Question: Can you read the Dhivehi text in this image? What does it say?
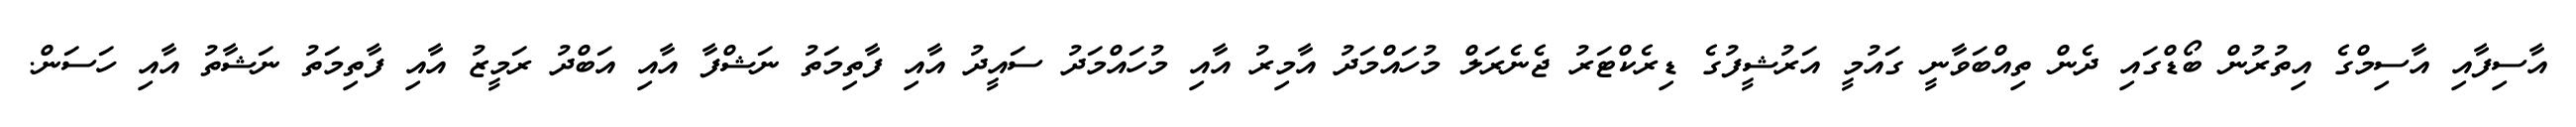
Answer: އާސިފާއި އާސިމްގެ އިތުރުން ބޯޑްގައި ދެން ތިއްބަވާނީ ގައުމީ އަރުޝީފުގެ ޑިރެކްޓަރު ޖެނެރަލް މުހައްމަދު އާމިރު އާއި މުހައްމަދު ސައީދު އާއި ފާތިމަތު ނަޝްފާ އާއި އަބްދު ރަމީޒު އާއި ފާތިމަތު ނަޝާތު އާއި ހަސަން.